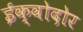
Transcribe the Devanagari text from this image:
ईक्वोदोर